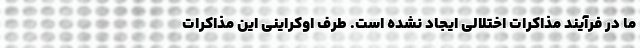
ما در فرآیند مذاکرات اختلالی ایجاد نشده است. طرف اوکراینی این مذاکرات